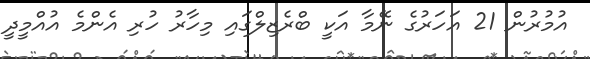
އުމުރުން 21 އަހަރުގެ ނޭމާ އަކީ ބްރެޒިލްގައި މިހާރު ހުރި އެންމެ އުއްމީދީ